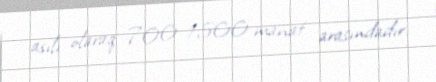
asılı olaraq 700-1500 manat arasındadır.